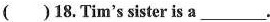
( )18.Tim's sister is a___.